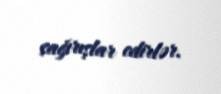
çağırışlar edirlər.